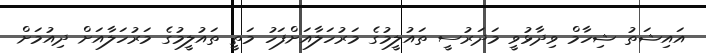
އައިޝަތު ޝިހާމް ވިދާޅުވީ މަދަރުސީ ތައުލީމުގެ މަރުހަލާއަށްފަހު މަތީ ތައުލީމުގެ މަރުހަލާއަށް ދިއުމަށް